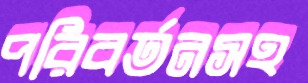
পরিবর্তনসহ